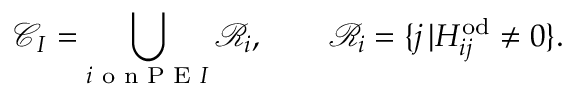
\mathcal { C } _ { I } = \bigcup _ { i \textrm { o n P E } I } \mathcal { R } _ { i } , \qquad \mathcal { R } _ { i } = \{ j \, \vert H _ { i j } ^ { \mathrm { o d } } \neq 0 \} .